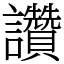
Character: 讚